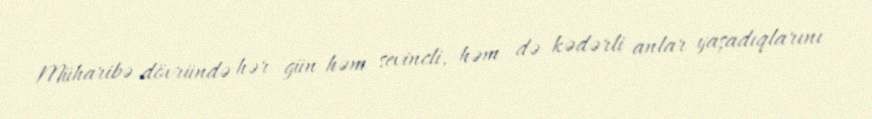
Müharibə dövründə hər gün həm sevincli, həm də kədərli anlar yaşadıqlarını